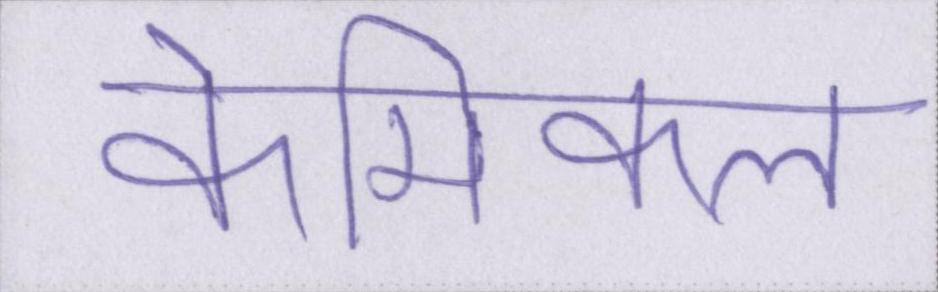
केमिकल